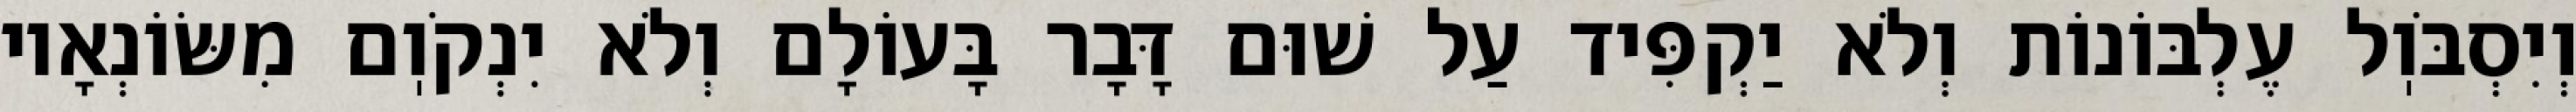
וְיִסְבֹּוֽל עֶלְבּוֹנוֹת וְלֹא יַקְפִּיד עַל שׁוּם דָּבָר בָּעוֹלָם וְלֹא יִנְקֹוֽם מִשּׂוֹנְאָיו